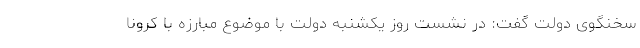
سخنگوی دولت گفت: در نشست روز یکشنبه دولت با موضوع مبارزه با کرونا